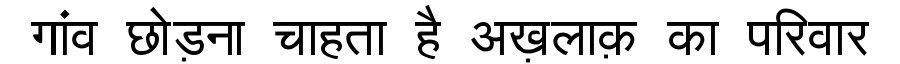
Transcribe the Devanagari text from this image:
गांव छोड़ना चाहता है अख़लाक़ का परिवार